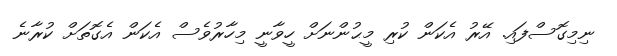
ނިމިގޮސްފައި. އޭރު އެކަން ކުރި މީޙުންނަށް ހީވާނީ މިހާރުވެސް އެކަން އެގޮތަށް ކުރާނެ